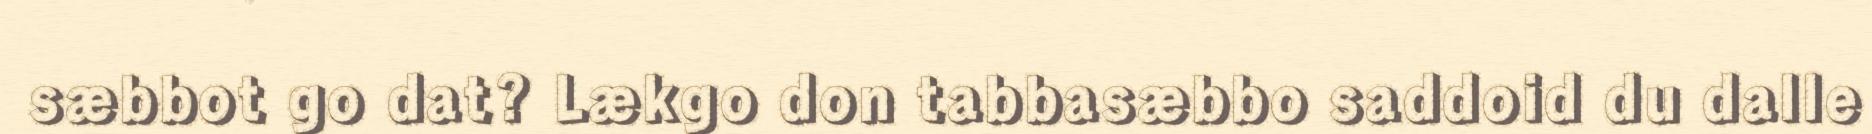
sæbbot go dat? Lækgo don tabbasæbbo saddoid du dalle